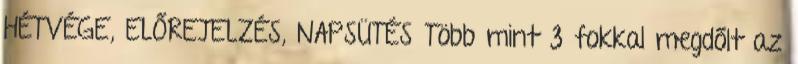
HÉTVÉGE, ELŐREJELZÉS, NAPSÜTÉS Több mint 3 fokkal megdőlt az